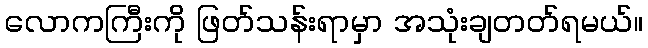
လောကကြီးကို ဖြတ်သန်းရာမှာ အသုံးချတတ်ရမယ်။